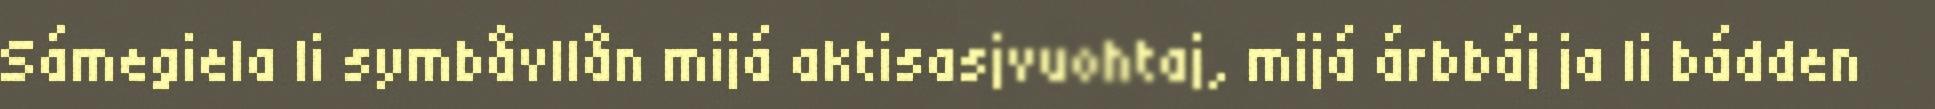
Sámegiela li symbåvllån mijá aktisasjvuohtaj, mijá árbbáj ja li bádden